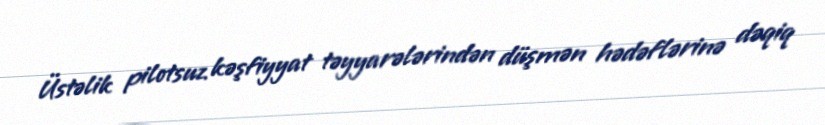
Üstəlik pilotsuz kəşfiyyat təyyarələrindən düşmən hədəflərinə dəqiq